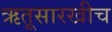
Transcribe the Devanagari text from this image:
ऋतूसारखीच